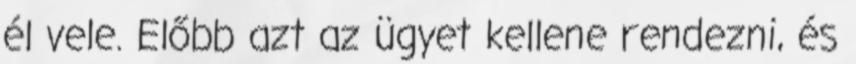
él vele. Előbb azt az ügyet kellene rendezni, és